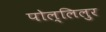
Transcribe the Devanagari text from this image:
पोल्लिलुर